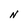
Character: N